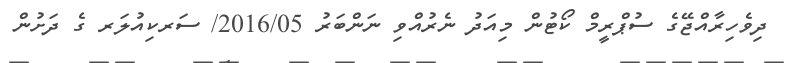
ދިވެހިރާއްޖޭގެ ސުޕްރީމް ކޯޓުން މިއަދު ނެރުއްވި ނަންބަރު 2016/05/ ސަރކިއުލަރ ގެ ދަށުން